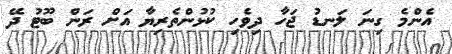
އެންމެ ގިނަ ލަނޑު ޖަހާ ދިވެހި ކުޅުންތެރިޔާ އަށް ރަން ބޫޓު ދޭ